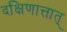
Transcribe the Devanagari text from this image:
दक्षिणात्तात्